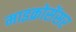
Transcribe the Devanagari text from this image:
माइक्रोसेंसर